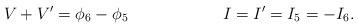
LaTeX: \begin{align*} V+V'=\phi_6-\phi_5 &&& I=I'=I_5=-I_6. \\\end{align*}